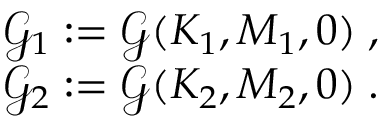
\begin{array} { r } { \mathcal { G } _ { 1 } : = \mathcal { G } ( K _ { 1 } , M _ { 1 } , 0 ) \; , } \\ { \mathcal { G } _ { 2 } : = \mathcal { G } ( K _ { 2 } , M _ { 2 } , 0 ) \; . } \end{array}